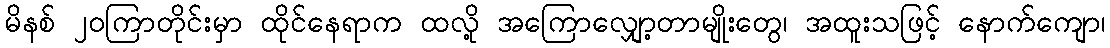
မိနစ် ၂၀ကြာတိုင်းမှာ ထိုင်နေရာက ထလို့ အကြောလျှော့တာမျိုးတွေ၊ အထူးသဖြင့် နောက်ကျော၊